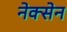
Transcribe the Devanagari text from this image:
नेक्सेन